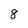
Character: 8